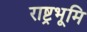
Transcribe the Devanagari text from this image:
राष्ट्रभूमि